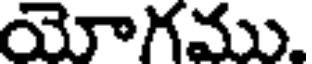
యోగము.